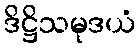
ဒိဋ္ဌိသမုဒယံ